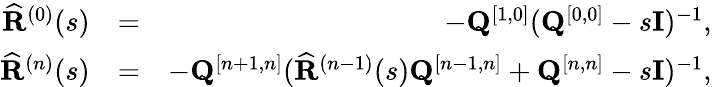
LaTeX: \begin{array}{rlr}{\widehat{\mathbf R}^{(0)}(s)}&{=}&{-{\mathbf Q}^{[1,0]}({\mathbf Q}^{[0,0]}-s{\mathbf I})^{-1},}\\ {\widehat{\mathbf R}^{(n)}(s)}&{=}&{-{\mathbf Q}^{[n+1,n]}(\widehat{\mathbf R}^{(n-1)}(s){\mathbf Q}^{[n-1,n]}+{\mathbf Q}^{[n,n]}-s{\mathbf I})^{-1},}\end{array}